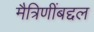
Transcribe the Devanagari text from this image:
मैत्रिणींबद्दल